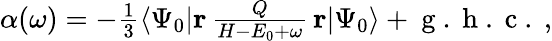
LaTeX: \begin{array}{r}{\alpha(\omega)=-\frac{1}{3}\langle\Psi_{0}|\mathbf{r}\, \frac{Q}{H-E_{0}+\omega}\, \mathbf{r}|\Psi_{0}\rangle+\mathrm{~g~.~h~.~c~.~},}\end{array}